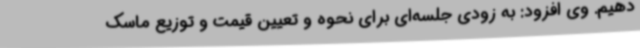
دهیم. وی افزود: به زودی جلسه‌ای برای نحوه و تعیین قیمت و توزیع ماسک